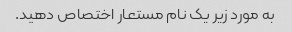
به مورد زیر یک نام مستعار اختصاص دهید.